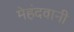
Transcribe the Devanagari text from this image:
मेहंदवानी